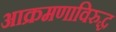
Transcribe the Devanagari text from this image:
आक्रमणाविरुद्ध